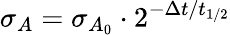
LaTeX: \sigma_{A}=\sigma_{A_{0}}\cdot 2^{-\Delta t/t_{1/2}}